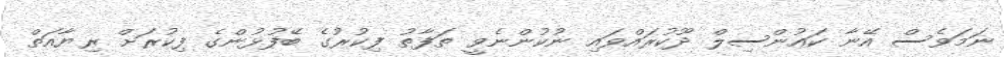
ނަމަވެސް އޭނާ ކައުންސިލް ދޫކުރައްވައި ނުކުންނެވީ ތަފާތު ފިކުރުގެ ބޭފުޅުންގެ ފިކުރަށް ރިޔާއަތް